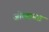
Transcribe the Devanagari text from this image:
जोत्याच्या